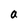
Character: a